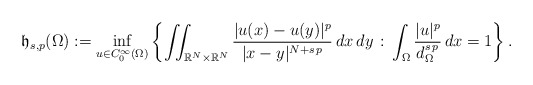
\begin{align*}\mathfrak{h}_{s,p}(\Omega):=\inf_{u\in C^\infty_0(\Omega)}\left\{\iint_{\mathbb{R}^N\times\mathbb{R}^N} \frac{|u(x)-u(y)|^p}{|x-y|^{N+s\,p}}\,dx\,dy\, :\, \int_\Omega \frac{|u|^p}{d_\Omega^{s\,p}}\,dx=1\right\}.\end{align*}